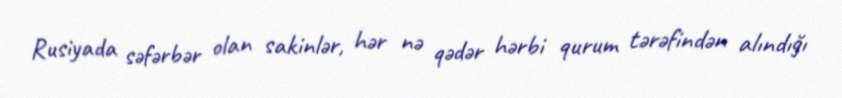
Rusiyada səfərbər olan sakinlər, hər nə qədər hərbi qurum tərəfindən alındığı